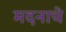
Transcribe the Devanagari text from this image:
मदनाचे